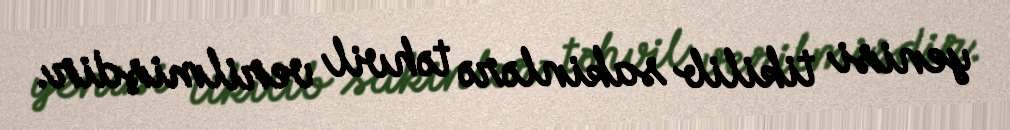
yenisi tikilib sakinlərə təhvil verilmişdir.